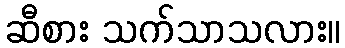
ဆီစား သက်သာသလား။